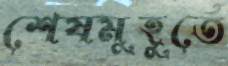
শেষমুহূর্তে